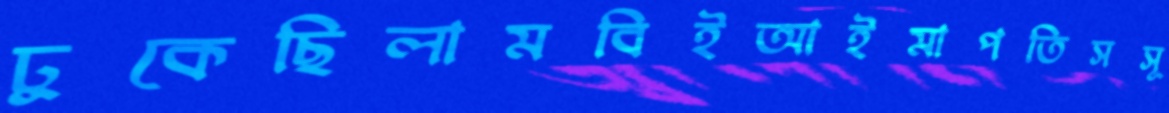
ঢুকেছিলামবিইআইমাপতিসসূ